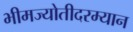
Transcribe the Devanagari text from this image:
भीमज्योतीदरम्यान